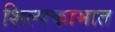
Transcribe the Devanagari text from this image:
शिल्पकामात